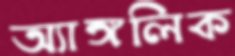
অ্যাঙ্গলিক